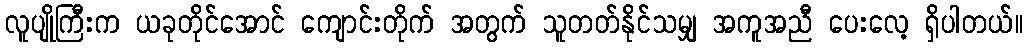
လူပျိုကြီးက ယခုတိုင်အောင် ကျောင်းတိုက် အတွက် သူတတ်နိုင်သမျှ အကူအညီ ပေးလေ့ ရှိပါတယ်။